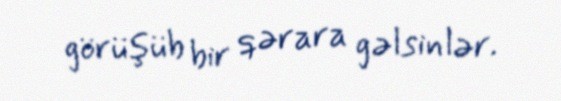
görüşüb bir qərara gəlsinlər.